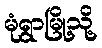
မုံရွာမြို့သို့